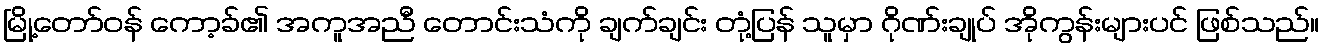
မြို့တော်ဝန် ကော့ခ်၏ အကူအညီ တောင်းသံကို ချက်ချင်း တုံ့ပြန် သူမှာ ဂိုဏ်းချုပ် အိုကွန်းများပင် ဖြစ်သည်။